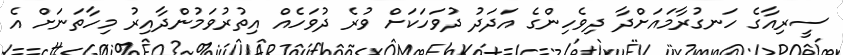
ސީރިއާގެ ހަނގުރާމައަށްދާ ދިވެހިންގެ އަދަދު ދުވަހަކަށް ވުރެ ދުވަހެއް އިތުރުވަމުންދާއިރު މިހާތަނަށް އެ